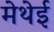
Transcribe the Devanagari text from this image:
मेथेई